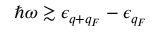
\hbar \omega \gtrsim \epsilon _ { q + q _ { F } } - \epsilon _ { q _ { F } }